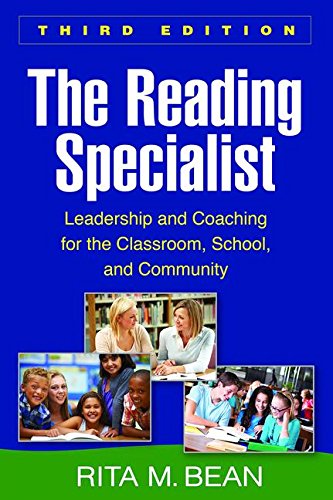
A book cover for The Reading Specialist, Third Edition: Leadership and Coaching for the Classroom, School, and Community; Rita M. Bean Phd; Reference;